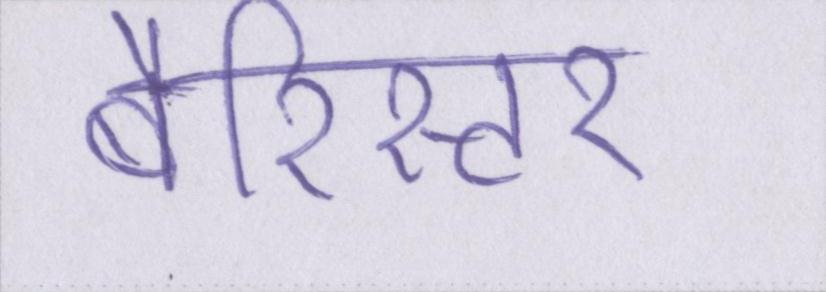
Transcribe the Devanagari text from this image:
बैरिस्टर